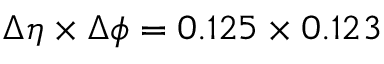
{ \Delta \eta \times \Delta \phi = 0 . 1 2 5 \times 0 . 1 2 3 }